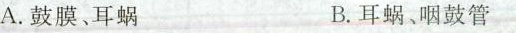
A.鼓膜、耳蜗 B.耳蜗、咽鼓管